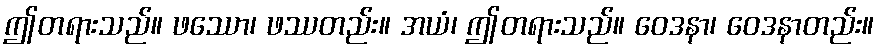
ဤတရားသည်။ ဖဿော၊ ဖဿတည်း။ အယံ၊ ဤတရားသည်။ ဝေဒနာ၊ ဝေဒနာတည်း။